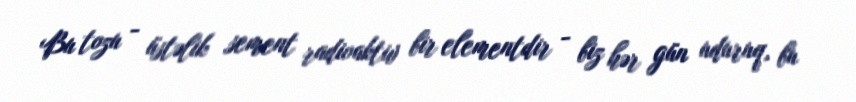
Bu tozu - üstəlik sement radioaktiv bir elementdir - biz hər gün uduruq, bu